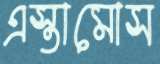
এস্তামোস